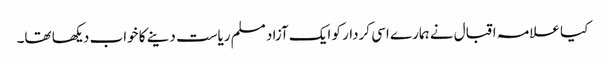
کیا علامہ اقبال نے ہمارے اسی کردار کو ایک آزاد مسلم ریاست دینے کا خواب دیکھا تھا۔